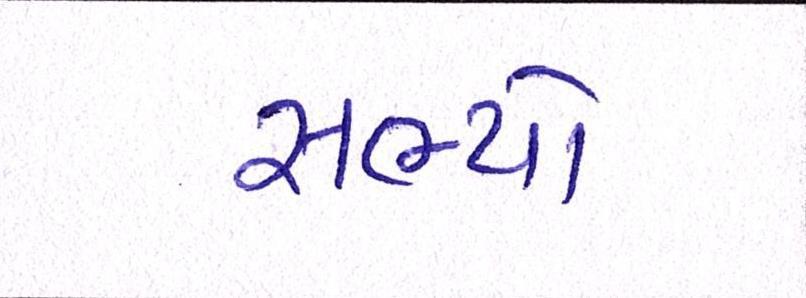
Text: સભ્યો